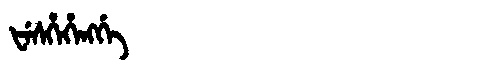
Manchu: ᡶᡝᠰᡥᡝᡥᡝᠩᡤᡝ
Romanization: FESHEHENGGE